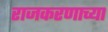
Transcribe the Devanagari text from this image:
राजकरणाच्या